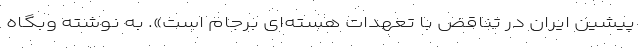
پیشین ایران در تناقض با تعهدات هسته‌ای برجام است». به نوشته وبگاه